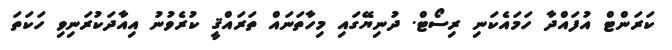
ކަރަންޓް އުފައްދާ ހަމައެކަނި ރިސޯޓް. ދުނިޔޭގައި މިހާތަނައް ތަރައްޤީ ކުރެވުނު އިއާދަކުރަނިވި ހަކަތަ